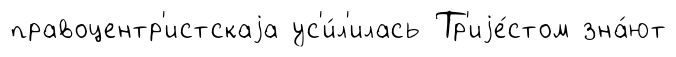
правоцентр'истскаjа ус'и́л'илась Тр'иjе́стом зна́ют